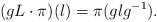
LaTeX: \begin{align*}(gL \cdot \pi) (l) = \pi (g l g^{-1}) .\end{align*}